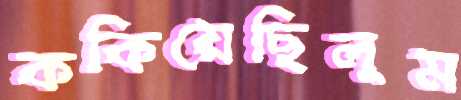
ককিয়েছিলুম